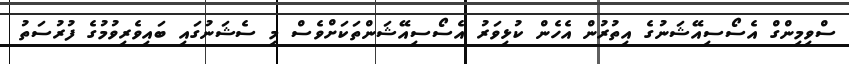
ސްވިމިންގް އެސޯސިއޭޝަނުގެ އިތުރުން އެހެން ކުޅިވަރު އެސޯސިއޭޝަންތަކަށްވެސް މި ސެޝަނުގައި ބައިވެރިވުމުގެ ފުރުސަތު